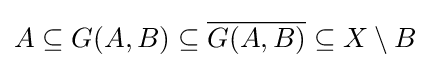
A\subseteq G(A,B)\subseteq {\overline {G(A,B)}}\subseteq X\setminus B